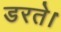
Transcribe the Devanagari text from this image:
डरते।